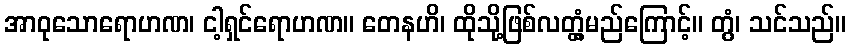
အာဝုသောရောဟဏ၊ ငါ့ရှင်ရောဟဏ။ တေနဟိ၊ ထိုသို့ဖြစ်လတ္တံ့မည်ကြောင့်။ တွံ၊ သင်သည်။